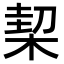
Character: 𣔘